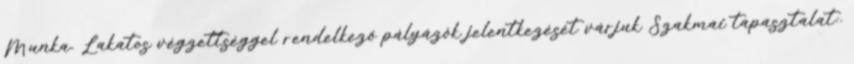
Munka. Lakatos végzettséggel rendelkező pályázók jelentkezését várjuk Szakmai tapasztalat:.